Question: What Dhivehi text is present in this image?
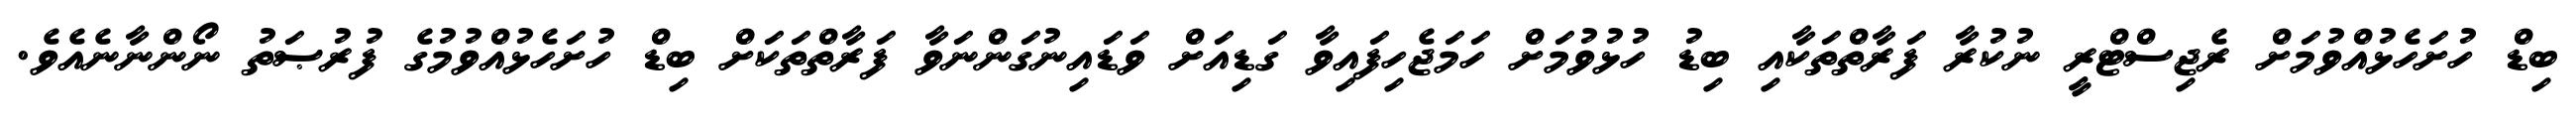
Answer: ބިޑް ހުށަހެޅުއްވުމަށް ރެޖިސްޓްރީ ނުކުރާ ފަރާތްތަކާއި ބިޑު ހުޅުވުމަށް ހަމަޖެހިފައިވާ ގަޑިއަށް ވަޑައިނުގަންނަވާ ފަރާތްތަކަށް ބިޑް ހުށަހެޅުއްވުމުގެ ފުރުޞަތު ނޯންނާނެއެވެ.